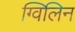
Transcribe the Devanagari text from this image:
ग्विलिन